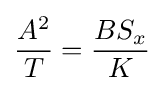
{\frac {A^{2}}{T}}={\frac {BS_{x}}{K}}